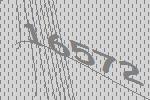
16572